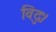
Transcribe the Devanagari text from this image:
विदुः।